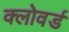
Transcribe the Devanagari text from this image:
क्लोवर्ड